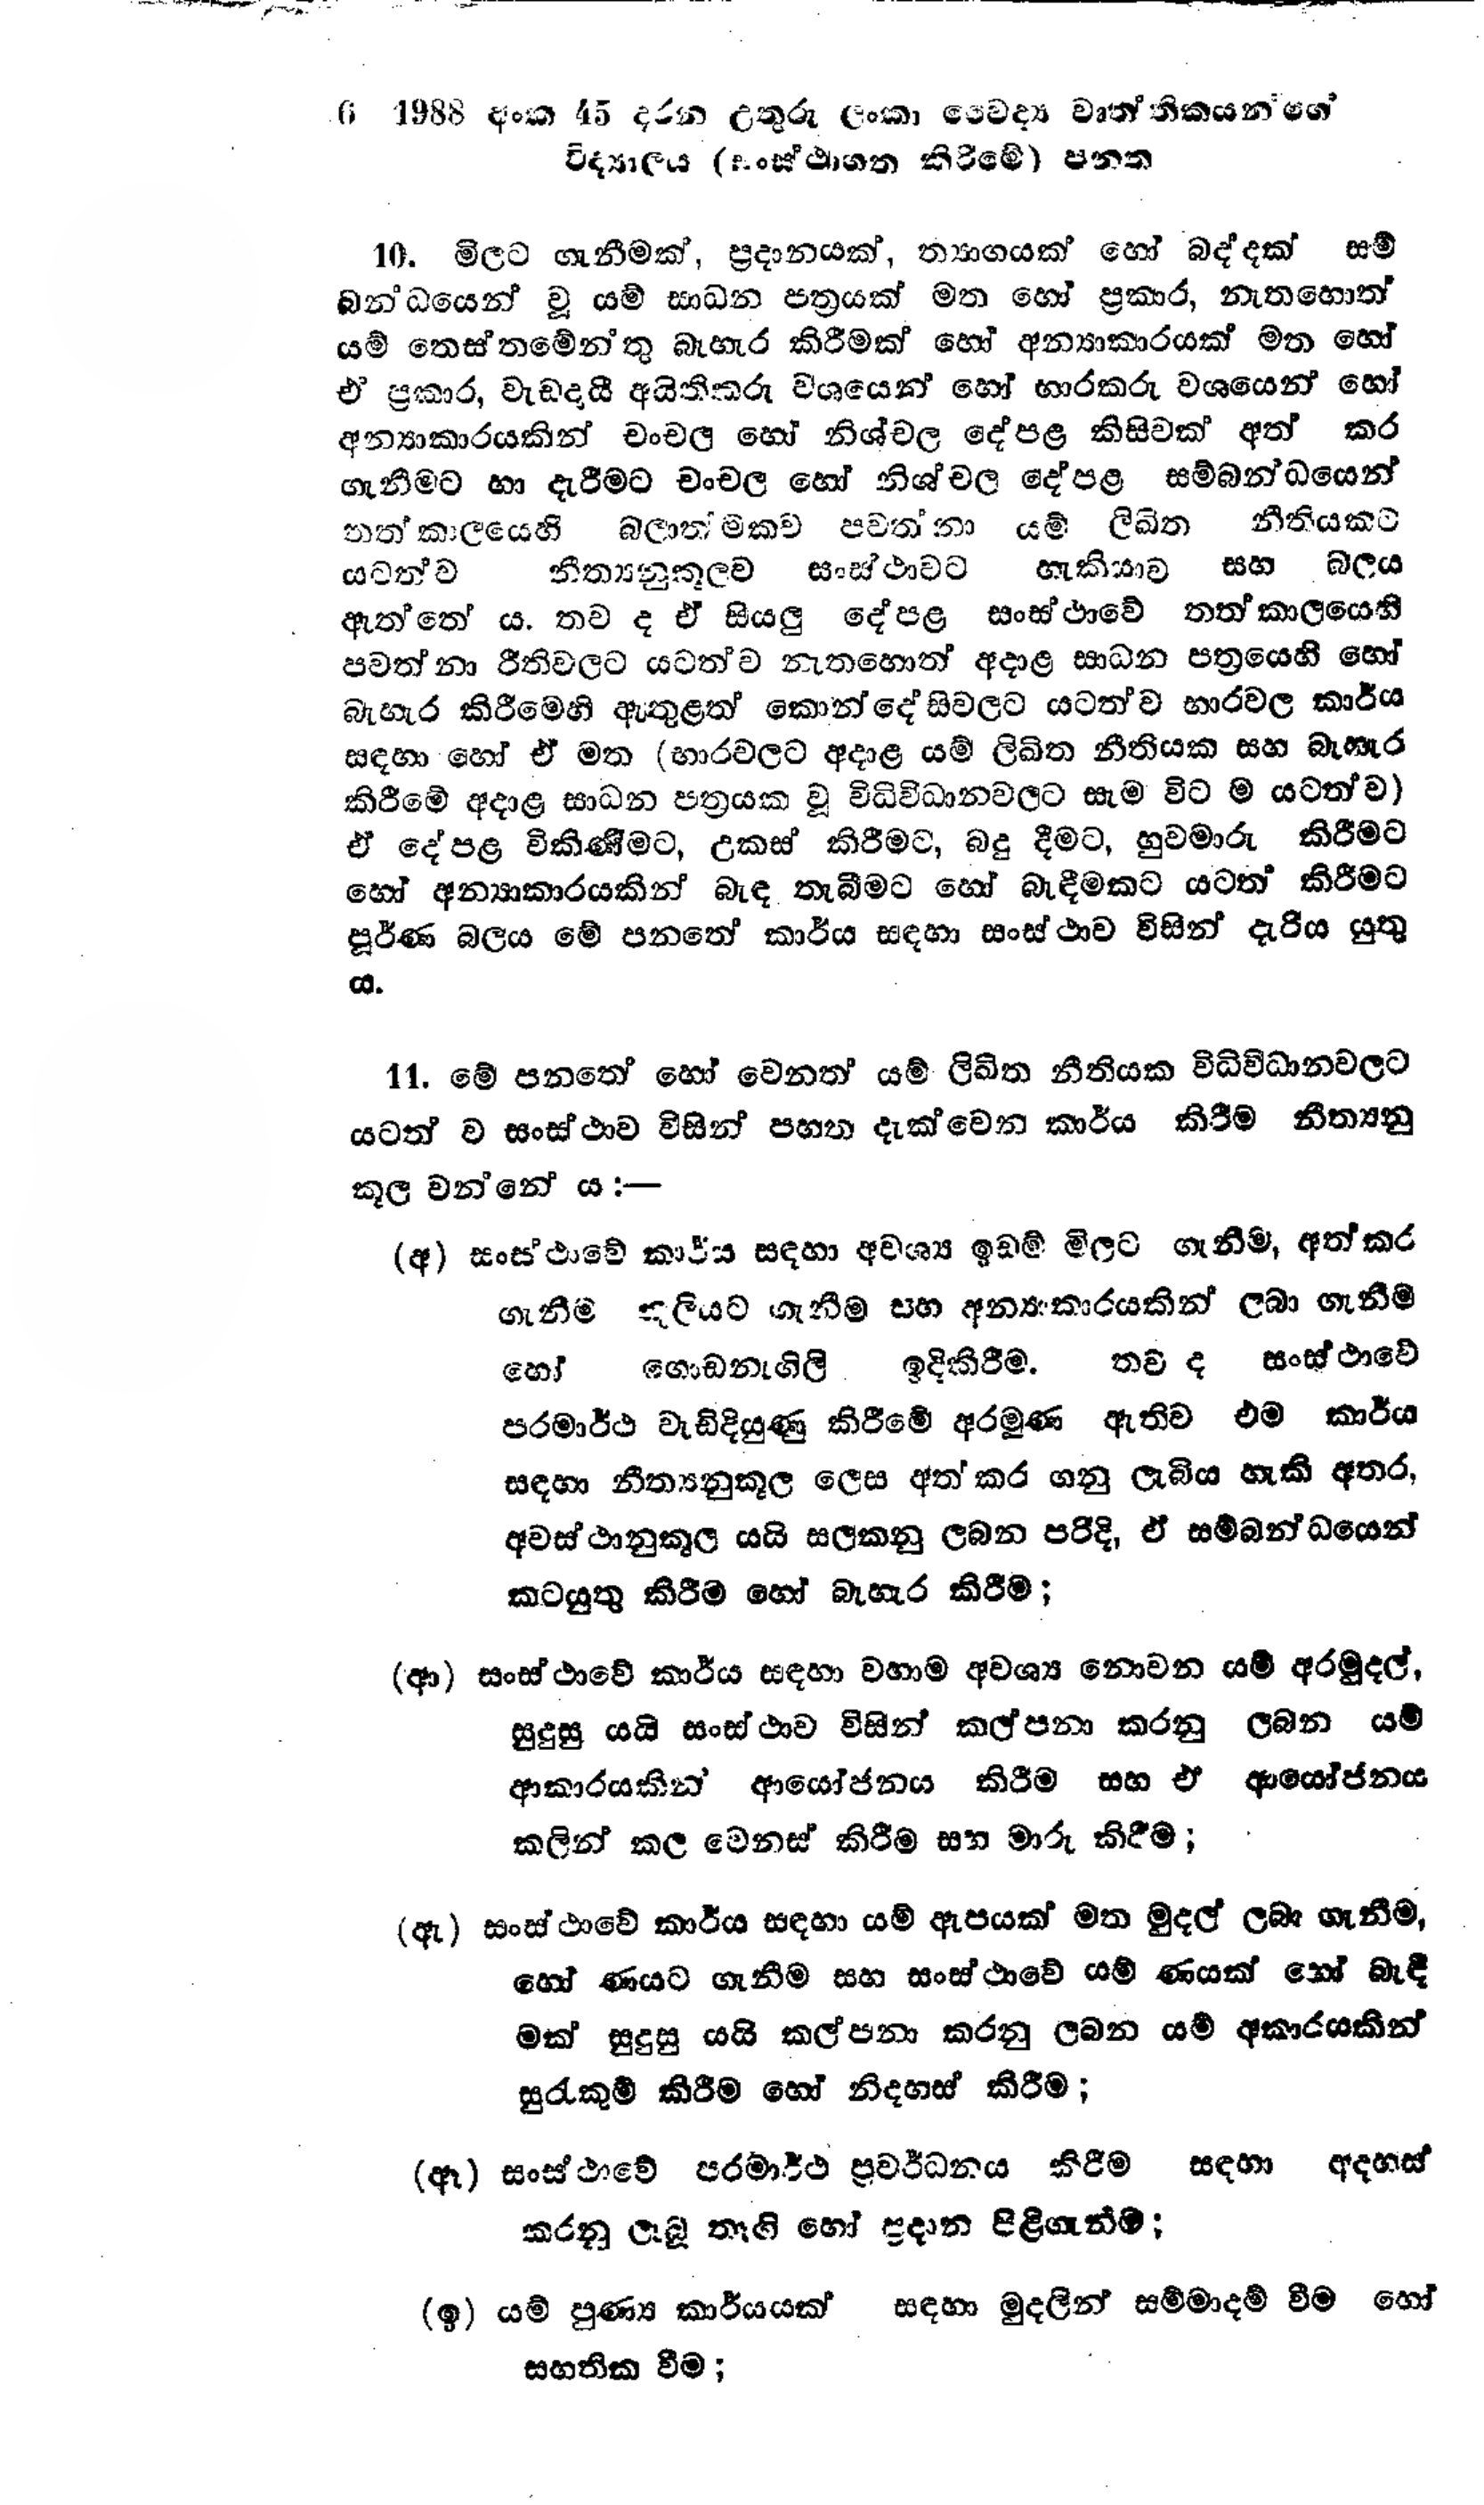
6 1988 අංක 45 දරන උතුරු ලංකා වෛද්‍ය වෘත්තිකයනගේ
විද්‍යාලය (සංස්ථාගත කිරීමේ) පනත

10. මිලට ගැනීමක්, ප්‍රදානයක්, ත්‍යාගයක් හෝ බද්දක් සම්
බන්ධයෙන් වූ යම් සාධන පත්‍රයක් මත හෝ ප්‍රකාර, නැතහොත්
යම් තෙස්තමේන්තු බැහැර කිරීමක් හෝ අන්‍යාකාරයක් මත හෝ
ඒ ප්‍රකාර, වැඩ දායී අයිතිකරු වශයෙන් හෝ භාරකරු වශයෙන් හෝ
අන්‍යාකාරයකින් චංචල හෝ නිශ්චල දේපළ කිසිවක් අත් කර
ගැනීමට හා දැරීමට චංචල හෝ නිශ්චල දේපළ සම්බන්ධයෙන්
තත් කාලයෙහි බලාත්මකව පවත්නා යම් ලිඛිත නීතියකට
යටත්ව නීත්‍යනුකූලව සංස්ථාවට හැකියාව සහ බලය
ඇත්තේ ය. තව ද ඒ සියලු දේපළ සංස්ථාවේ තත් කාලයෙහි
පවත්නා රීති වලට යටත්ව නැතහොත් අදාළ සාධන පත්‍රයෙහි හෝ
බැහැර කිරීමෙහි ඇතුළත් කොන්දේසිවලට යටත්ව භාරවල කාර්ය
සඳහා හෝ ඒ මත (භාරවලට අදාළ යම් ලිඛිත නීතියක සහ බැහැර
කිරීමේ අදාළ සාධන පත්‍රයක වූ විධිවිධානවලට සැම විට ම යටත්ව)
ඒ දේපළ විකිණීමට, උකස් කිරීමට, බදු දීමට, හුවමාරු කිරීමට
හෝ අන්‍යාකාරයකින් බැඳ තැබීමට හෝ බැඳීමකට යටත් කිරීමට
පූර්ණ බලය මේ පනතේ කාර්ය සඳහා සංස්ථාව විසින් දැරිය යුතු
ය.

11. මේ පනතේ හෝ වෙනත් යම් ලිඛිත නීතියක විධිවිධානවලට
යටත්ව සංස්ථාව විසින් පහත දැක්වෙන කාර්ය කිරීම නීත්‍යනු
කූල වන්නේ ය:-

(අ) සංස්ථාවේ කාර්ය සඳහා අවශ්‍ය ඉඩම් මිලට ගැනීම්, අත් කර
ගැනීම කුලියට ගැනීම සහ අන්‍යකාරයකින් ලබා ගැනීම
හෝ ගොඩනැගිලි ඉදිකිරීම. තව ද සංස්ථාවේ
පරමාර්ථ වැඩිදියුණු කිරීමේ අරමුණ ඇතිව එම කාර්ය
සඳහා නීත්‍යනුකූල ලෙස අත් කර ගනු ලැබිය හැකි අතර,
අවස්ථානුකූල යයි සලකනු ලබන පරිදි, ඒ සම්බන්ධයෙන්
කටයුතු කිරීම හෝ බැහැර කිරීම;

(ආ) සංස්ථාවේ කාර්ය සඳහා වහාම අවශ්‍ය නොවන යම් අරමුදල්,
සුදුසු යයි සංස්ථාව විසින් කල්පනා කරනු ලබන යම්
ආකාරයකින් ආයෝජනය කිරීම සහ ඒ ආයෝජනය
කලින් කල වෙනස් කිරීම සහ මාරු කිරීම;

(ඇ) සංස්ථාවේ කාර්ය සඳහා යම් ඇපයක් මත මුදල් ලබා ගැනීම,
හෝ ණයට ගැනීම සහ සංස්ථාවේ යම් ණයක් හෝ බැඳී
මක් සුදුසු යයි කල්පනා කරනු ලබන යම් අකාරයකින්
සුරැකුම් කිරීම හෝ නිදහස් කිරීම;

(ඈ) සංස්ථාවේ පරමාර්ථ ප්‍රවර්ධනය කිරීම සඳහා අදහස්
කරනු ලැබූ තෑගි හෝ ප්‍රදාන පිළිගැනීම;

(ඉ) යම් පුණ්‍ය කාර්යයක් සඳහා මුදලින් සම්මාදම් වීම හෝ
සහතික වීම;